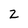
Character: 2